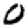
Digit: 0